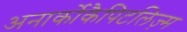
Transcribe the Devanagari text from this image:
अनार्कोकैपिटलिज़्म